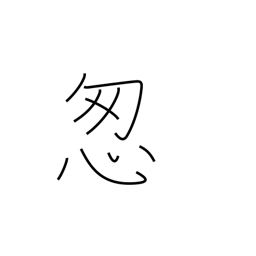
Meaning: hurry